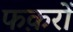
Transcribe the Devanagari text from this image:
फक़रों